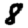
Digit: 8